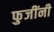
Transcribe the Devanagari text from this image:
फुजींनी